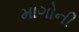
માગોની